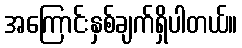
အကြောင်းနှစ်ချက်ရှိပါတယ်။